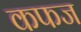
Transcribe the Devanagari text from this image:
कफज